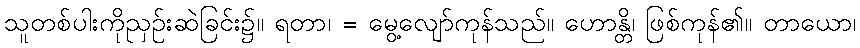
သူတစ်ပါးကိုညှဉ်းဆဲခြင်း၌။ ရတာ၊ = မွေ့လျော်ကုန်သည်။ ဟောန္တိ၊ ဖြစ်ကုန်၏။ တာယော၊